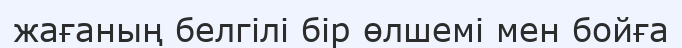
жағаның белгілі бір өлшемі мен бойға